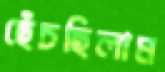
ছেঁচছিলাম